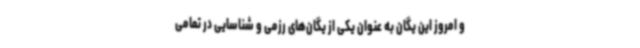
و امروز این یگان به عنوان یکی از یگان‌های رزمی و شناسایی در تمامی